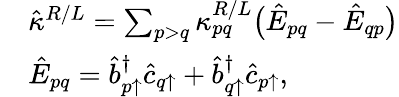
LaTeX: \begin{array}{rl}&{\hat{\kappa}^{R/L}=\sum_{p>q}\kappa_{pq}^{R/L}\big(\hat{E}_{pq}-\hat{E}_{qp}\big)}\\ &{\hat{E}_{pq}=\hat{b}_{p\uparrow}^{\dagger}\hat{c}_{q\uparrow}+\hat{b}_{q\uparrow}^{\dagger}\hat{c}_{p\uparrow},}\end{array}